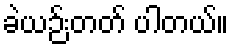
ခဲယဉ်းတတ် ပါတယ်။